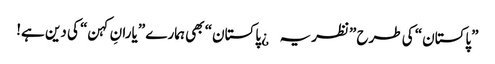
”پاکستان“ کی طرح ”نظریہ¿ پاکستان“ بھی ہمارے ”یارانِ کہن“ کی دین ہے!